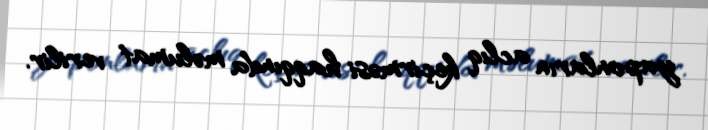
yaponların aclıq keçirməsi haqqında məlumat verilir.